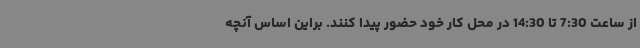
از ساعت 7:30 تا 14:30 در محل کار خود حضور پیدا کنند. براین اساس آنچه